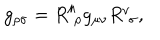
g _ { \rho \sigma } = R _ { \, \, \rho } ^ { \mu } g _ { \mu \nu } R _ { \, \, \sigma } ^ { \nu } ,